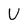
Character: U